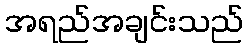
အရည်အချင်းသည်